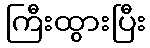
ကြီးထွားပြီး